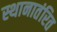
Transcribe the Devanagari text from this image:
स्थानातंरित